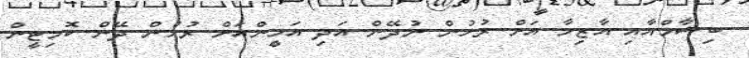
ބިޝާމްއާއި އާޒިމާ އަށް ރުހުން ނުދޭން އަދި އަމީންއަށް ރުހުން ދޭން ކޮމިޓީން